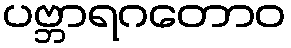
ပဗ္ဘာရဂတောဝ